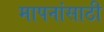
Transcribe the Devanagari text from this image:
मापनांसाठी